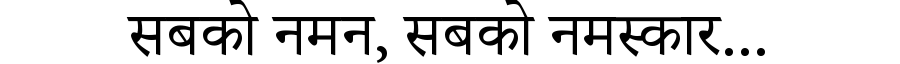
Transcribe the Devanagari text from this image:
सबको नमन, सबको नमस्कार...